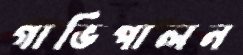
গাভিপালন